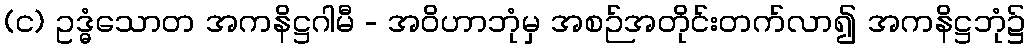
(င) ဥဒ္ဓံသောတ အကနိဋ္ဌဂါမီ - အဝိဟာဘုံမှ အစဉ်အတိုင်းတက်လာ၍ အကနိဋ္ဌဘုံ၌